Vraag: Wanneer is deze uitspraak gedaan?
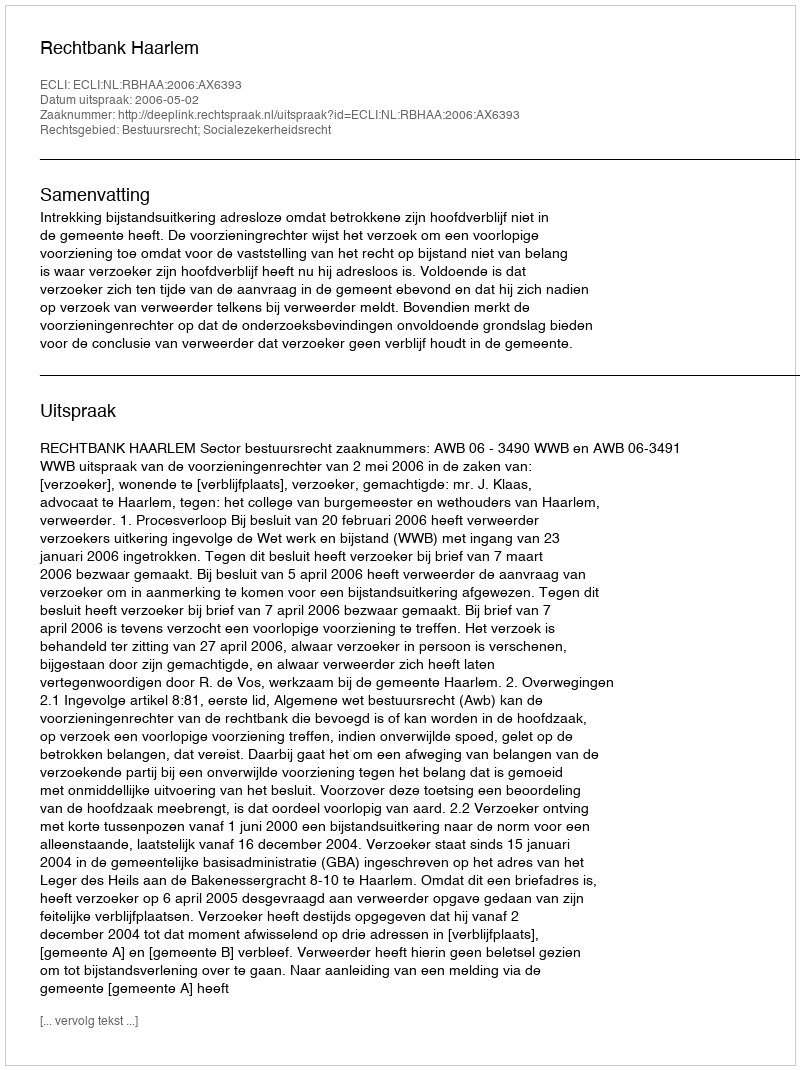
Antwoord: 2006-05-02